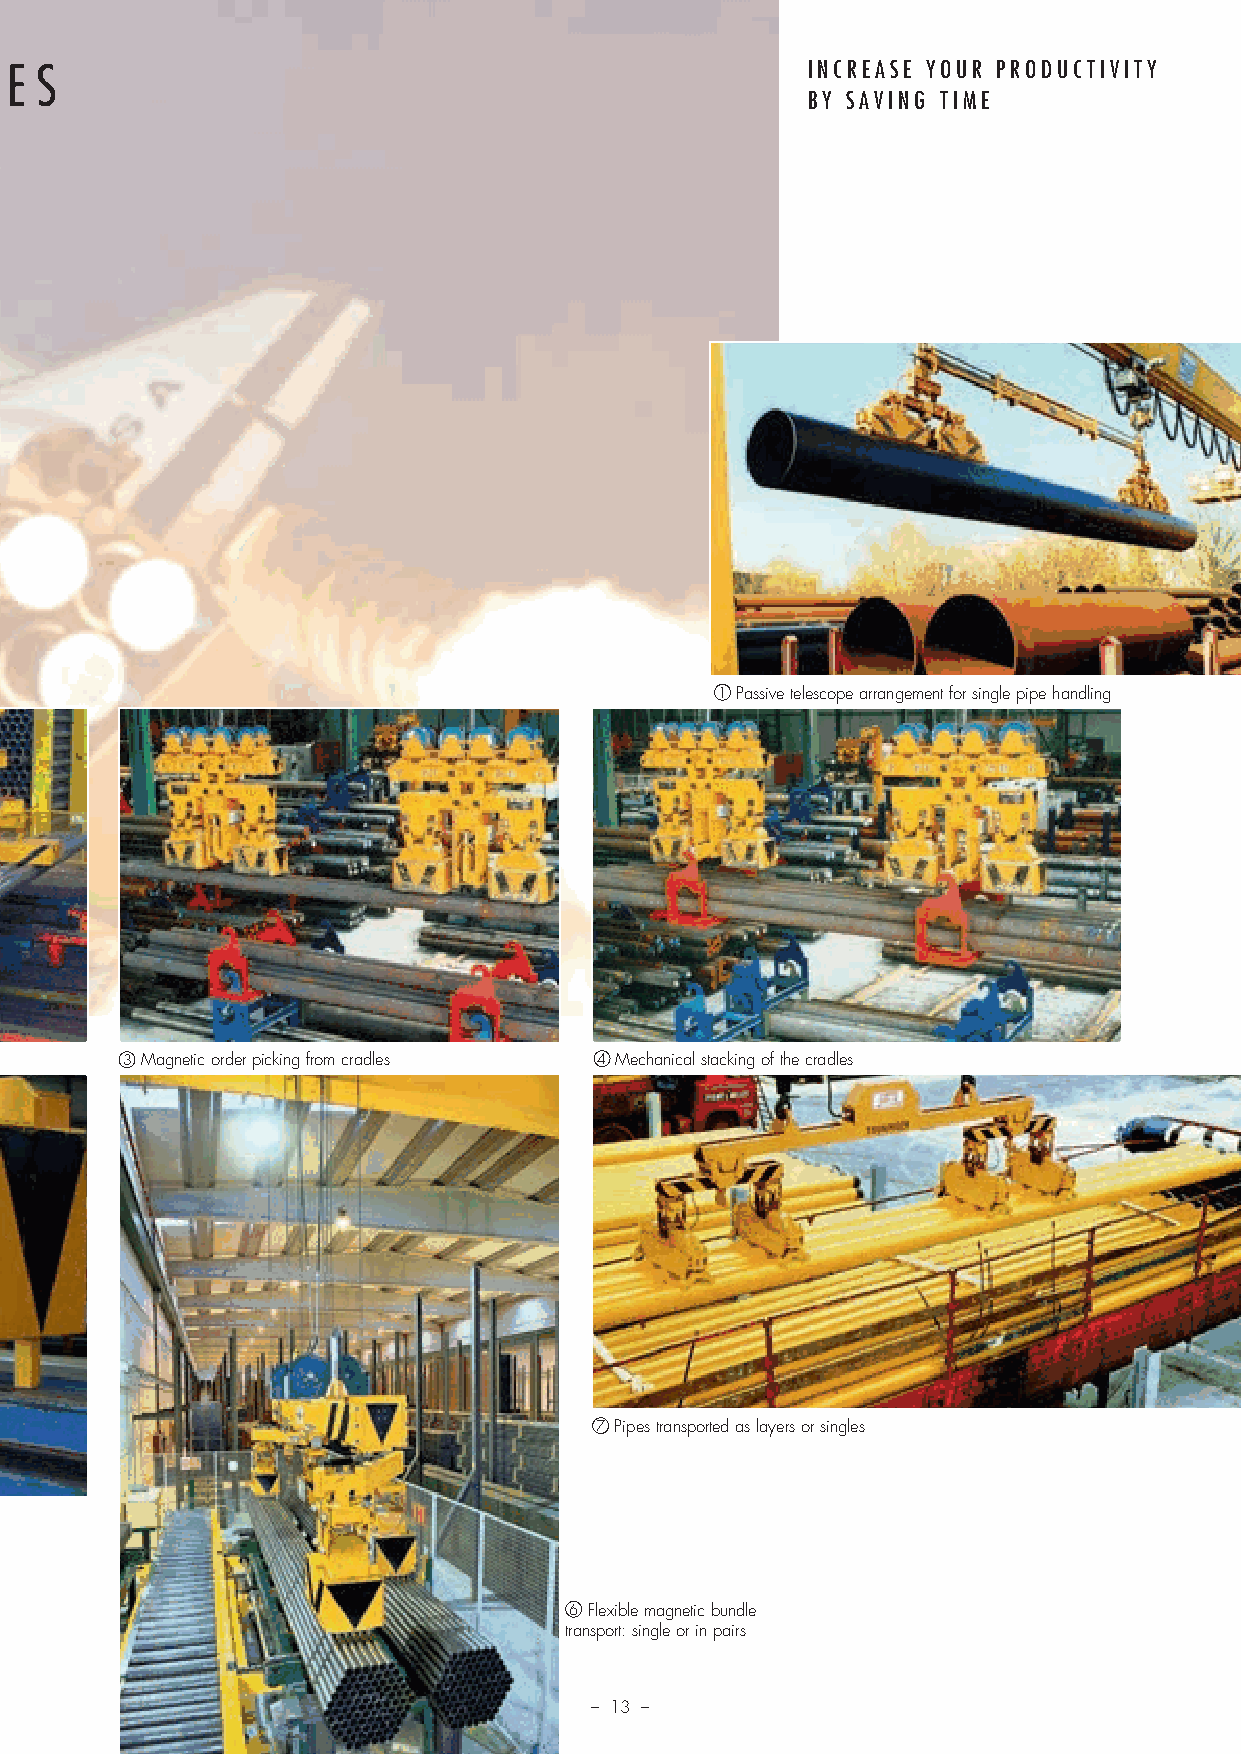
T I M E S A V I N G W H E N H A N D L I N G B A R S A N D T U B E S INCREASE YOUR PRODUCTIVITY
 BY SAVING TIME
 1 Passive telescope arrangement for single pipe handling
 3 Magnetic order picking from cradles 4 Mechanical stacking of the cradles
 7 Pipes transported as layers or singles
 Retractable pole anchor, adjust-
 able for packs or single items
 6 Flexible magnetic bundle
 transport: single or in pairs
 – 13 –
 Prosp Magnethebetech_v11.indd 13                                       08.12.11 13:57